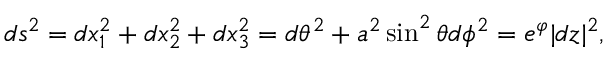
d s ^ { 2 } = d x _ { 1 } ^ { 2 } + d x _ { 2 } ^ { 2 } + d x _ { 3 } ^ { 2 } = d \theta ^ { 2 } + a ^ { 2 } \sin ^ { 2 } \theta d \phi ^ { 2 } = e ^ { \varphi } | d z | ^ { 2 } ,